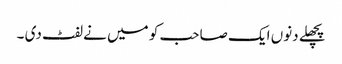
پچھلے دنوں ایک صاحب کو میں نے لفٹ دی ۔